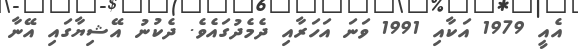
އެއީ 1979 އަކާއި 1991 ވަނަ އަހަރާއި ދެމެދުގައެވެ. ދެކުނު އޭޝިޔާގައި އޭނާ